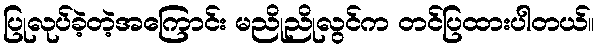
ပြုလုပ်ခဲ့တဲ့အကြောင်း မညိုညိုလွင်က တင်ပြထားပါတယ်။